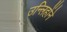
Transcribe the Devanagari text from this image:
उन्लिहोंने